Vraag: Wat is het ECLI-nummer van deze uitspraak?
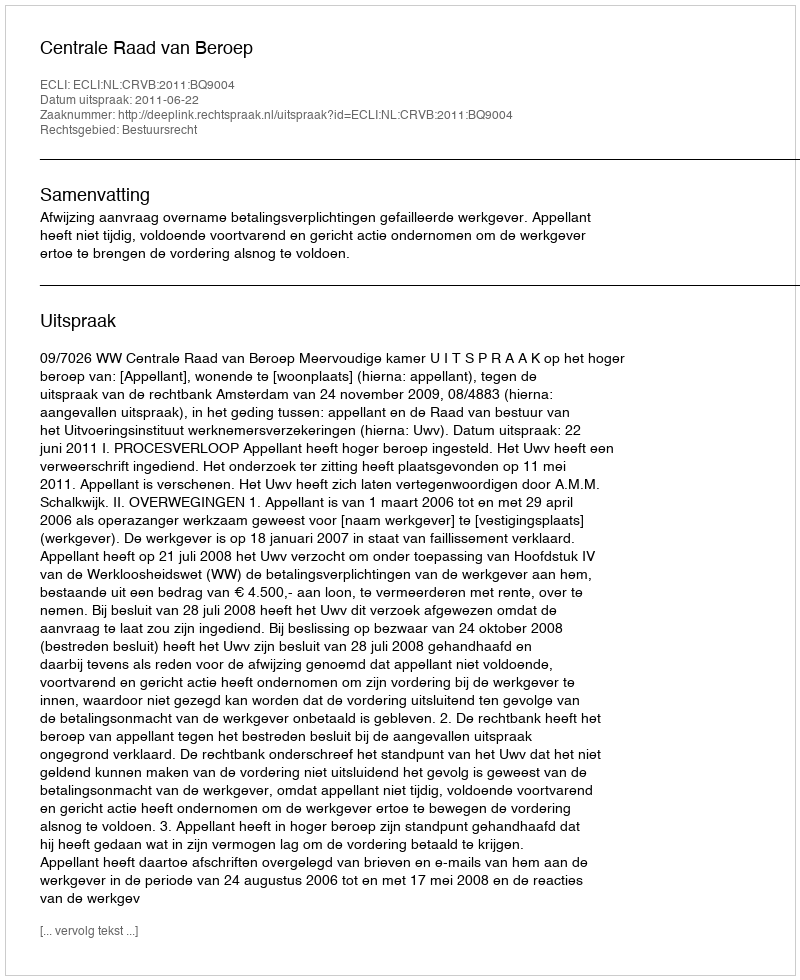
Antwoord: ECLI:NL:CRVB:2011:BQ9004